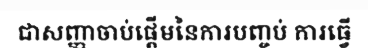
ជាសញ្ញាចាប់ផ្តើមនៃការបញ្ចប់ ការធ្វើ